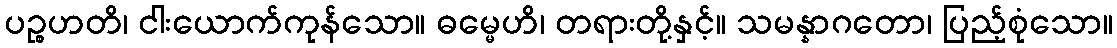
ပဉ္စဟတိ၊ ငါးယောက်ကုန်သော။ ဓမ္မေဟိ၊ တရားတို့နှင့်။ သမန္နာဂတော၊ ပြည့်စုံသော။